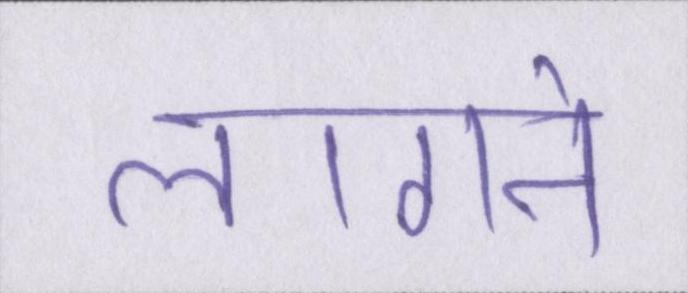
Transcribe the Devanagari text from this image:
लागने